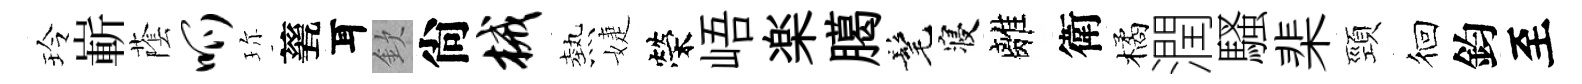
玲嶄䕃呱珎甆耳欽尙械熱婕榮峿楽臈髦寝離衛橘潤騷棐頸徊鈞至